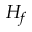
H _ { f }